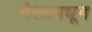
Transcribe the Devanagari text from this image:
नेरळमधून